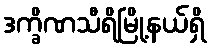
ဒက္ခိဏသီရိမြို့နယ်ရှိ